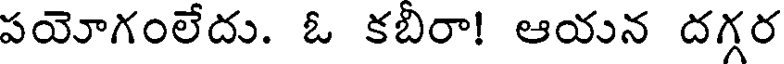
పయోగంలేదు. ఓ కబిరా! ఆయన దగ్గర